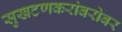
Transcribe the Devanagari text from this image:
सुखटणकरांबरोबर